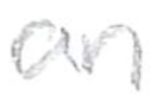
Text: an
Cross-out: clean
Writing tool: pencil